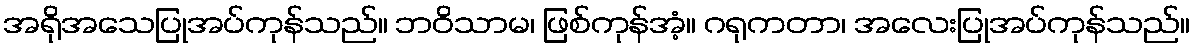
အရိုအသေပြုအပ်ကုန်သည်။ ဘဝိသာမ၊ ဖြစ်ကုန်အံ့။ ဂရုကတာ၊ အလေးပြုအပ်ကုန်သည်။